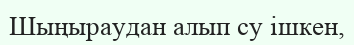
Шыңыраудан алып су ішкен,